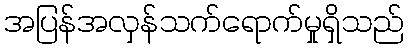
အပြန်အလှန်သက်ရောက်မှုရှိသည်